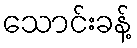
သောင်းခန့်